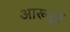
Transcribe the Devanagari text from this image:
आरूढ़ों